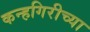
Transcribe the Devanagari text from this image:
कन्हगिरीच्या